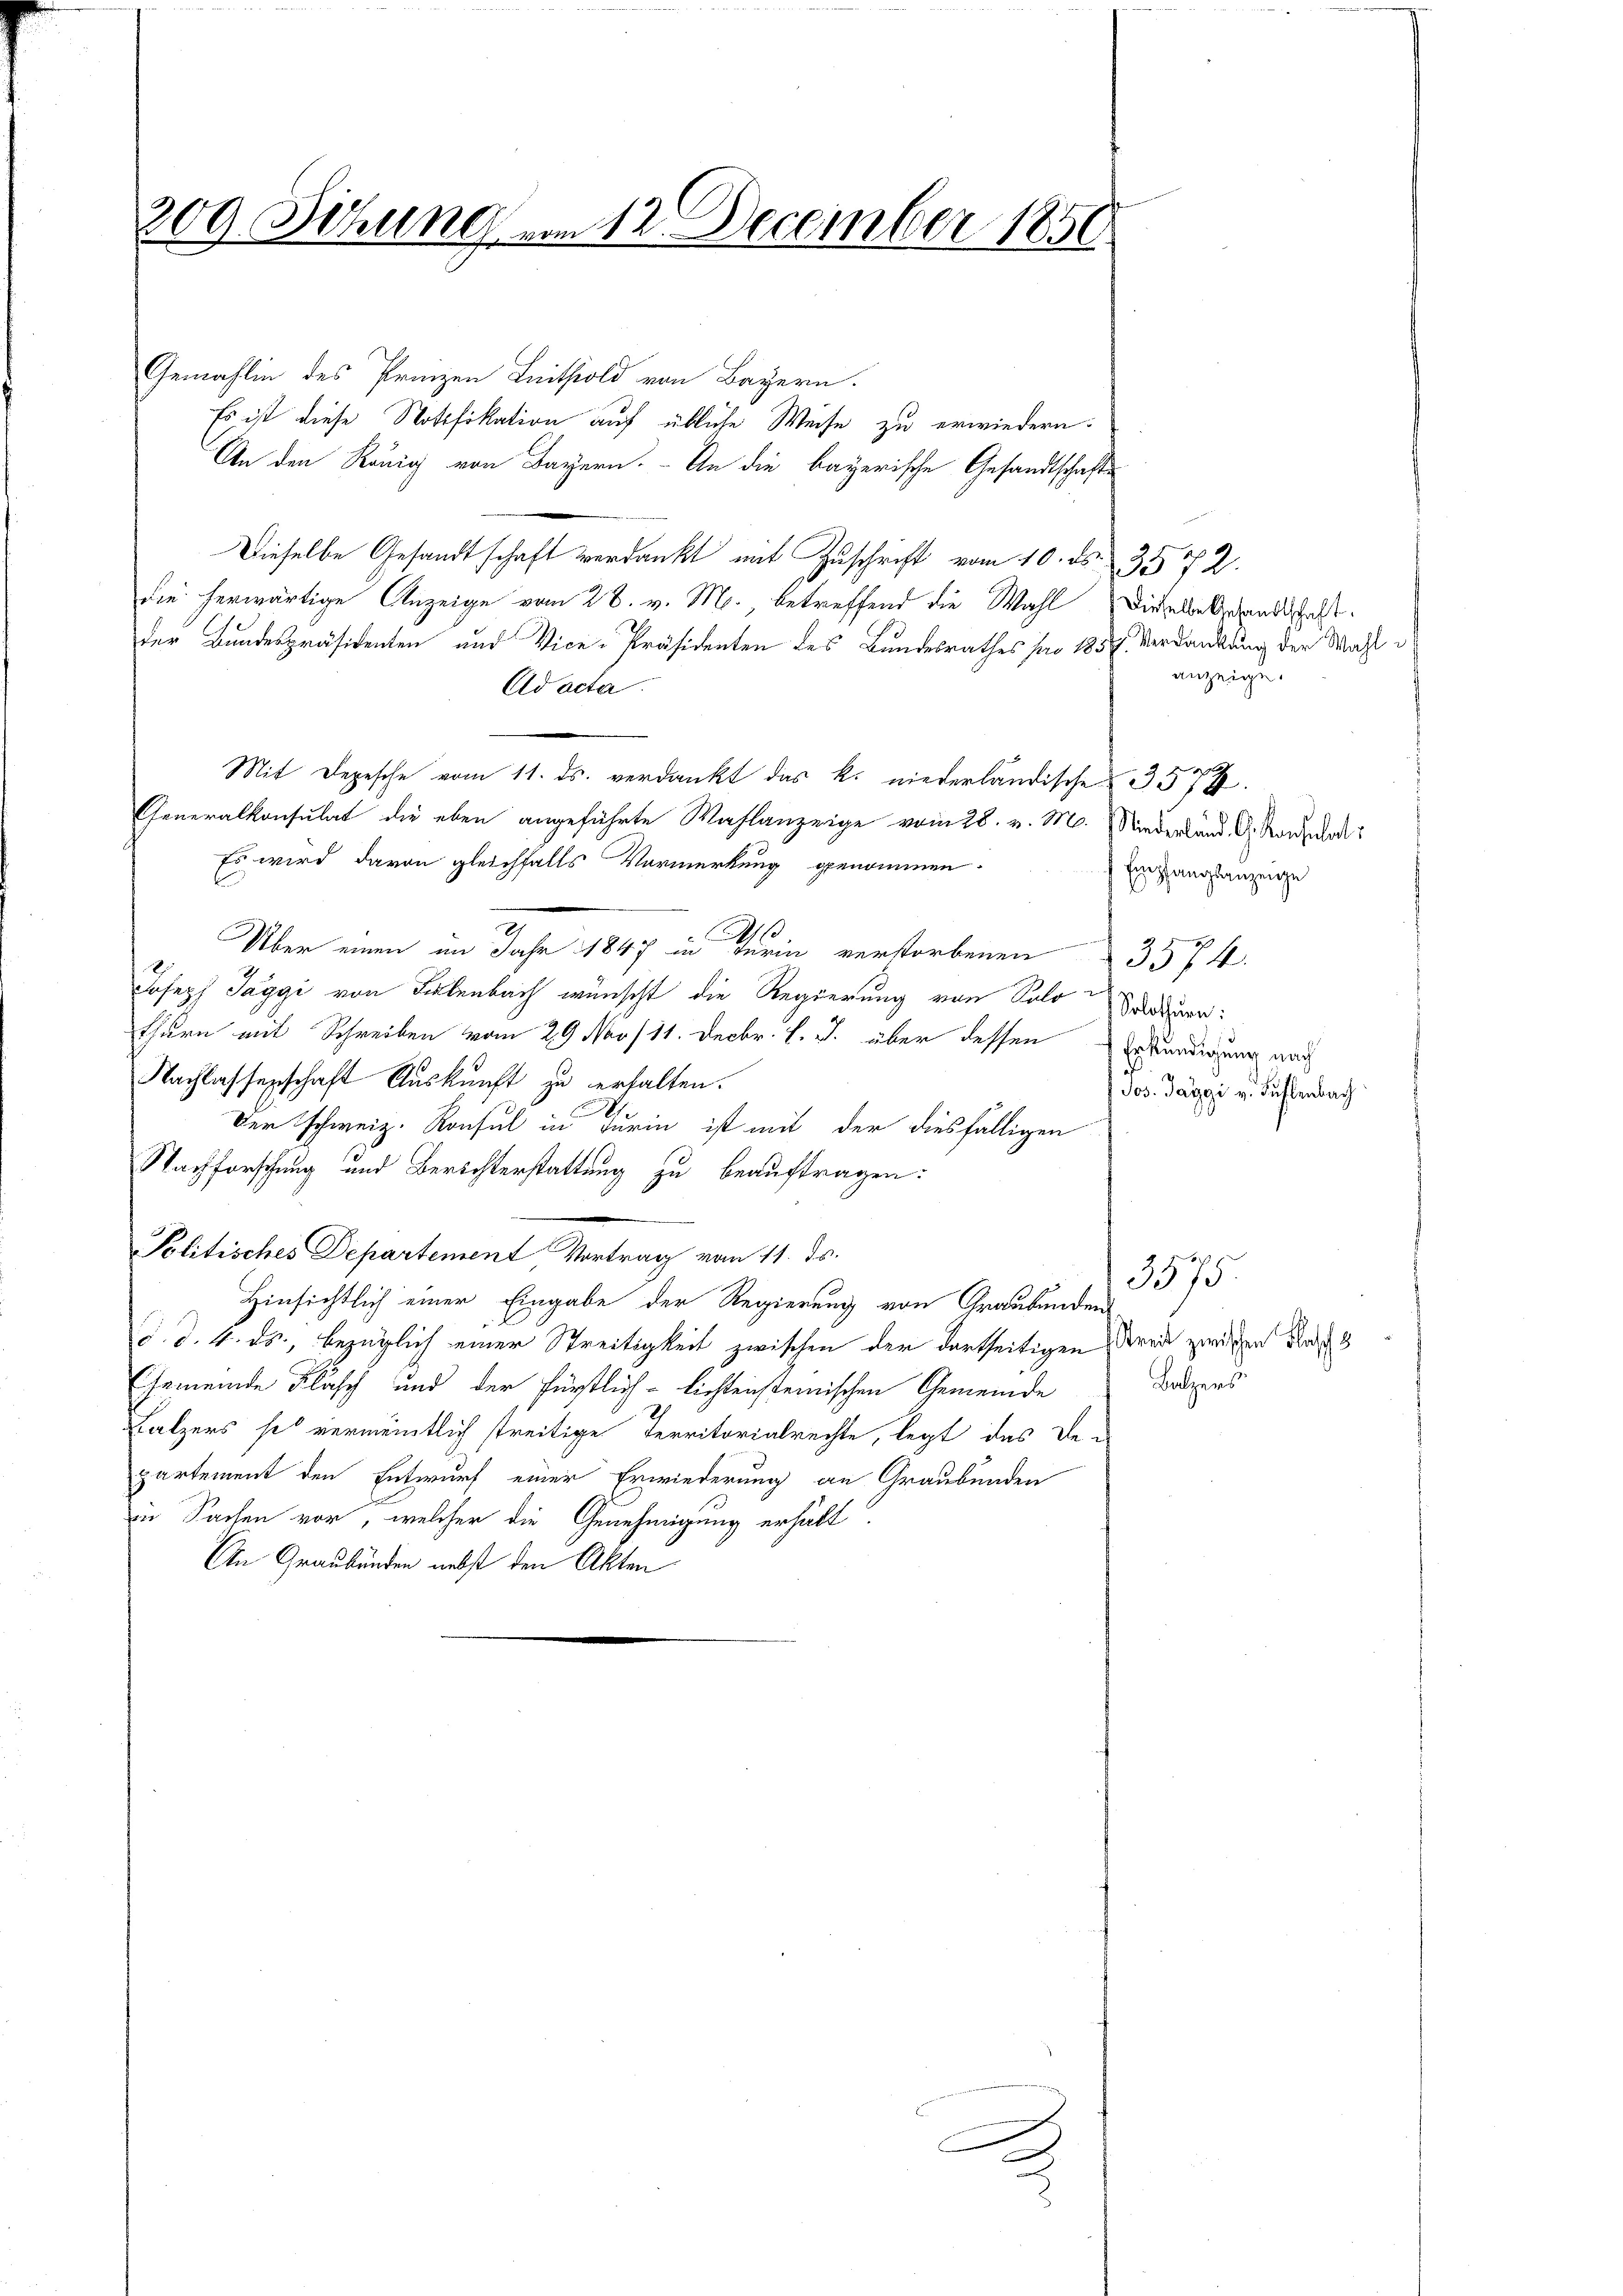
309. Sitzung am 12. December 1850.

Gemahlin des Prinzen Leithold von Bayern.
Es ist diese Notifikation auf übliche Weise zu erwiedern.
An den König von Bayern. - An die bayerische Gesandtschafte
Dieselbe Gesandtschaft verdankt mit Zuschrift vom 10. ds. 3572.
die herwärtige Anzeige vom 26. v. M., betreffend die Wahl dieselbersandtschaft
Der Bundespräsidenten und Vice-Präsidenten des Bundesrathes pro 1857. Verdankung der Wahl e
Ad acta.
Mit Depesche vom 11. ds. verdankt das k. niederländische 3574.
Generalkonsulat die eben angeführte Wahlanzeige vom 28. v. M. Niederland. A. Kanzla
Es wird davon gleichfalls Vormerkung genommen.
2
Über einen im Jahr 1847 in Turin verstorbenen 3574.
Joseph Taggi von Firlenbach wünscht die Regierung von Solothur:
thurn mit Schreiben vom 29. Nov /11. Decbr. l. J. über dessen Erkundigung nach
Nachlassenschaft Auskunft zu erhalten.
s
Der schweiz. Konsul in Turin ist mit der diesfälligen
Nachforschung und Berichterstattung zu beauftragen:
Politisches Departement Vortrag vom 11. ds.
Hinsichtlich einer Eingabe der Regierung von Graubünden
d. d. 4. ds., bezüglich einer Streitigkeit zwischen der dortseitigen Drei zweifen da
Gemeinde Flasch und der Fürstlich-lichtensteinischen Gemeinde
Balzers se vermeintlich streitige Territorialrechte, legt das De-
partement den Entwurf einer Erwiederung an Graubünden
in Sachen vor, welcher die Genehmigung erhält.
An Graubünden nebst den Akten

anzeige.

Empfangsanzenze
Jos. Paggi v. Bühlenbach

3575.
Batzers